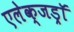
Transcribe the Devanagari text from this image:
एलेक्जड्राॅ